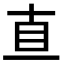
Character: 𥄂